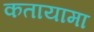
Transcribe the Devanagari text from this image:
कतायामा